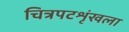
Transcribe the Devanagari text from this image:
चित्रपटशृंखला